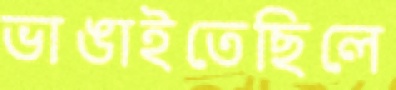
ভাঙাইতেছিলে